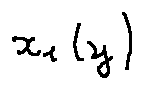
x _ { 1 } ( y )